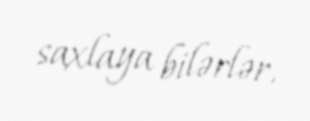
saxlaya bilərlər.